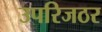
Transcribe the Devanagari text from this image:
उपरिजठर